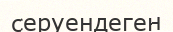
серуендеген